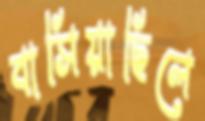
বাসিয়াছিলে